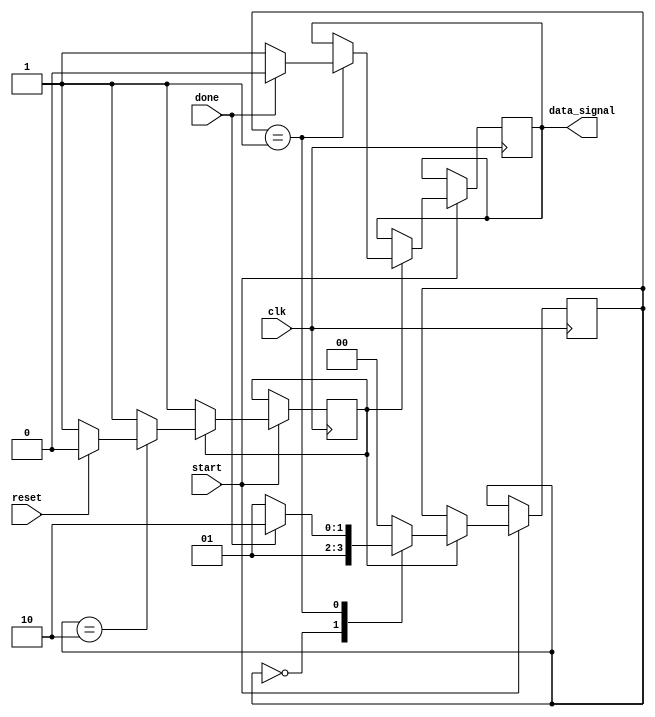
//-------------------Image enchancemnet using verilog----------------
module state_flow(clk,reset,start,done,data_signal);
    input done;
    input clk;
    input reset;
    input start;
    reg [1:0] current_state;
    reg start_proc;
    output reg data_signal;
    parameter start_state=2'b00, data_state=2'b01, done_state=2'b10;
    
    always @(posedge clk) begin
        if (start) begin
            start_proc <= 1;

            if (start_proc) begin
                current_state <= start_state;
            case(current_state) 
            2'b00: begin                       
                current_state <= data_state;
            end

            2'b01: begin 
                data_signal <=1;
                if (done) begin
                    current_state <= done_state;
                    data_signal <=0;
                end
                else begin
                    current_state <= data_state;
                end
                end
            2'b10:
                if (reset) begin
                    current_state <= start_state; 
                    start_proc <=0;
                end
        endcase
        end
        end
            
    end

endmodule

module image_proc#(parameter input_file="input_image.txt") (clk,done,data_signal,ofile,data_count);
    input clk;
    input data_signal;
    parameter total_pixels = 120000; 
    reg [7:0] mem [0:total_pixels-1];
    output reg done;
    input [31:0] data_count;
    integer i;
    input [31:0] ofile; 
    reg [7:0] val;
    reg [7:0] new_val;

    always @(posedge clk) begin
        if (data_signal) begin
            if (data_count == total_pixels) begin
                done <=1;
            end
        end
    end
    
  
endmodule

module bmp_write(clk,done);
 input done;
 input clk;
 parameter bmp_headersize = 54;
 parameter total_pixels = 120000; 
 parameter total_elements = total_pixels+ bmp_headersize;
 integer i;
 reg [31:0] file;
 reg [7:0] temp_mem [0:total_elements-1];
 

endmodule